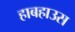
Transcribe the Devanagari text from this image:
हाबहाउस